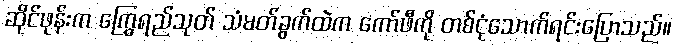
ဆိုင်ဖုန်းက ကြွေရည်သုတ် သံမတ်ခွက်ထဲက ကော်ဖီကို တစ်ငုံသောက်ရင်းပြောသည်။